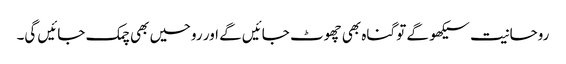
روحانیت سیکھو گے تو گناہ بھی چھوٹ جائیں گے اور روحیں بھی چمک جائیں گی۔